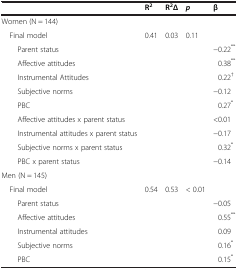
<table><thead><tr><td><b> </b></td><td><b>R<sup>2</sup></b></td><td><b>R<sup>2</sup>Δ</b></td><td><b><i>p</i></b></td><td><b>β</b></td></tr></thead><tbody><tr><td>Women (N = 144)</td><td> </td><td> </td><td> </td><td> </td></tr><tr><td> Final model</td><td>0.41</td><td>0.03</td><td>0.11</td><td> </td></tr><tr><td>Parent status</td><td> </td><td> </td><td> </td><td>−0.22<sup>**</sup></td></tr><tr><td>Affective attitudes</td><td> </td><td> </td><td> </td><td>0.38<sup>**</sup></td></tr><tr><td>Instrumental Attitudes</td><td> </td><td> </td><td> </td><td>0.22<sup>†</sup></td></tr><tr><td>Subjective norms</td><td> </td><td> </td><td> </td><td>−0.12</td></tr><tr><td>PBC</td><td> </td><td> </td><td> </td><td>0.27<sup>*</sup></td></tr><tr><td>Affective attitudes x parent status</td><td> </td><td> </td><td> </td><td>&lt;0.01</td></tr><tr><td>Instrumental attitudes x parent status</td><td> </td><td> </td><td> </td><td>−0.17</td></tr><tr><td>Subjective norms x parent status</td><td> </td><td> </td><td> </td><td>0.32<sup>*</sup></td></tr><tr><td>PBC x parent status</td><td> </td><td> </td><td> </td><td>−0.14</td></tr><tr><td>Men (N = 145)</td><td> </td><td> </td><td> </td><td> </td></tr><tr><td> Final model</td><td>0.54</td><td>0.53</td><td>&lt; 0.01</td><td> </td></tr><tr><td>Parent status</td><td> </td><td> </td><td> </td><td>−0.05</td></tr><tr><td>Affective attitudes</td><td> </td><td> </td><td> </td><td>0.55<sup>**</sup></td></tr><tr><td>Instrumental attitudes</td><td> </td><td> </td><td> </td><td>0.09</td></tr><tr><td>Subjective norms</td><td> </td><td> </td><td> </td><td>0.16<sup>*</sup></td></tr><tr><td>PBC</td><td> </td><td> </td><td> </td><td>0.15<sup>*</sup></td></tr></tbody></table>